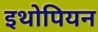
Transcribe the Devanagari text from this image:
इथोपियन